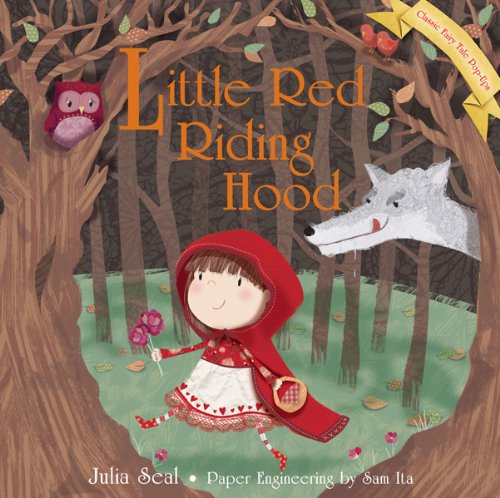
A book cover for Little Red Riding Hood (Classic Fairy Tale Pop-Ups); Julia Seal; Children's Books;